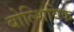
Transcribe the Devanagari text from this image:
बोल्शिविक